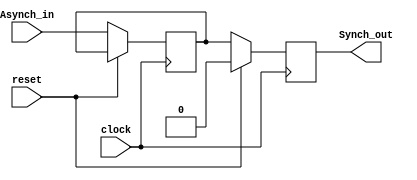
module HomeWorkOne(
	input				Asynch_in		,
	input				clock					,
	input				reset					,
	
	output	reg	Synch_out
);

reg temp = 1'b0;

always@(posedge clock) begin
	
	if(reset) begin
		
		Synch_out	<=	1'b0			;
		
	end
	else begin
	
		Synch_out	=	temp			;
		temp			=	Asynch_in	;
	
	end

end

endmodule